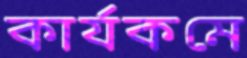
কার্যকমে